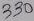
Text: 330